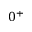
0 ^ { + }